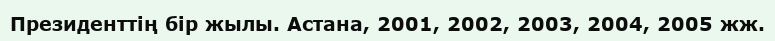
Президенттің бір жылы. Астана, 2001, 2002, 2003, 2004, 2005 жж.